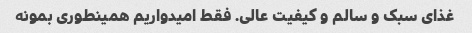
غذای سبک و سالم و کیفیت عالی. فقط امیدواریم همینطوری بمونه